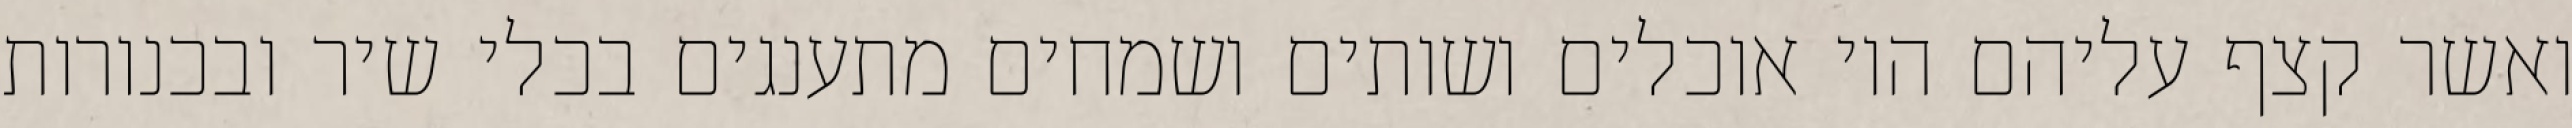
ואשר קצף עליהם היו אוכלים ושותים ושמחים מתענגים בכלי שיר ובכנורות